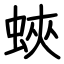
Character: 蛺